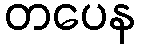
တပေန